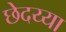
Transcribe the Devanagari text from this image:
छेदय्या